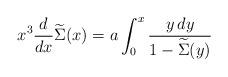
LaTeX: \begin{align*}x^3{d\over dx}\widetilde\Sigma(x)=a\int_0^x{y\,dy\over1-\widetilde\Sigma(y)}\end{align*}